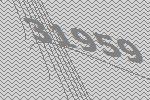
31959